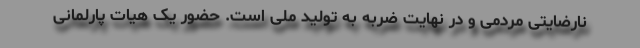
نارضایتی مردمی و در نهایت ضربه به تولید ملی است. حضور یک هیات پارلمانی